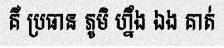
គឺ ប្រធាន ភូមិ ហ្នឹង ឯង គាត់